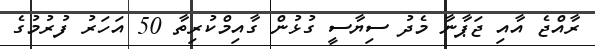
ރާއްޖެ އާއި ޖަޕާނާ މެދު ސިޔާސީ ގުޅުން ގާއިމްކުރިތާ 50 އަހަރު ފުރުމުގެ